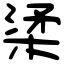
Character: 𣓥